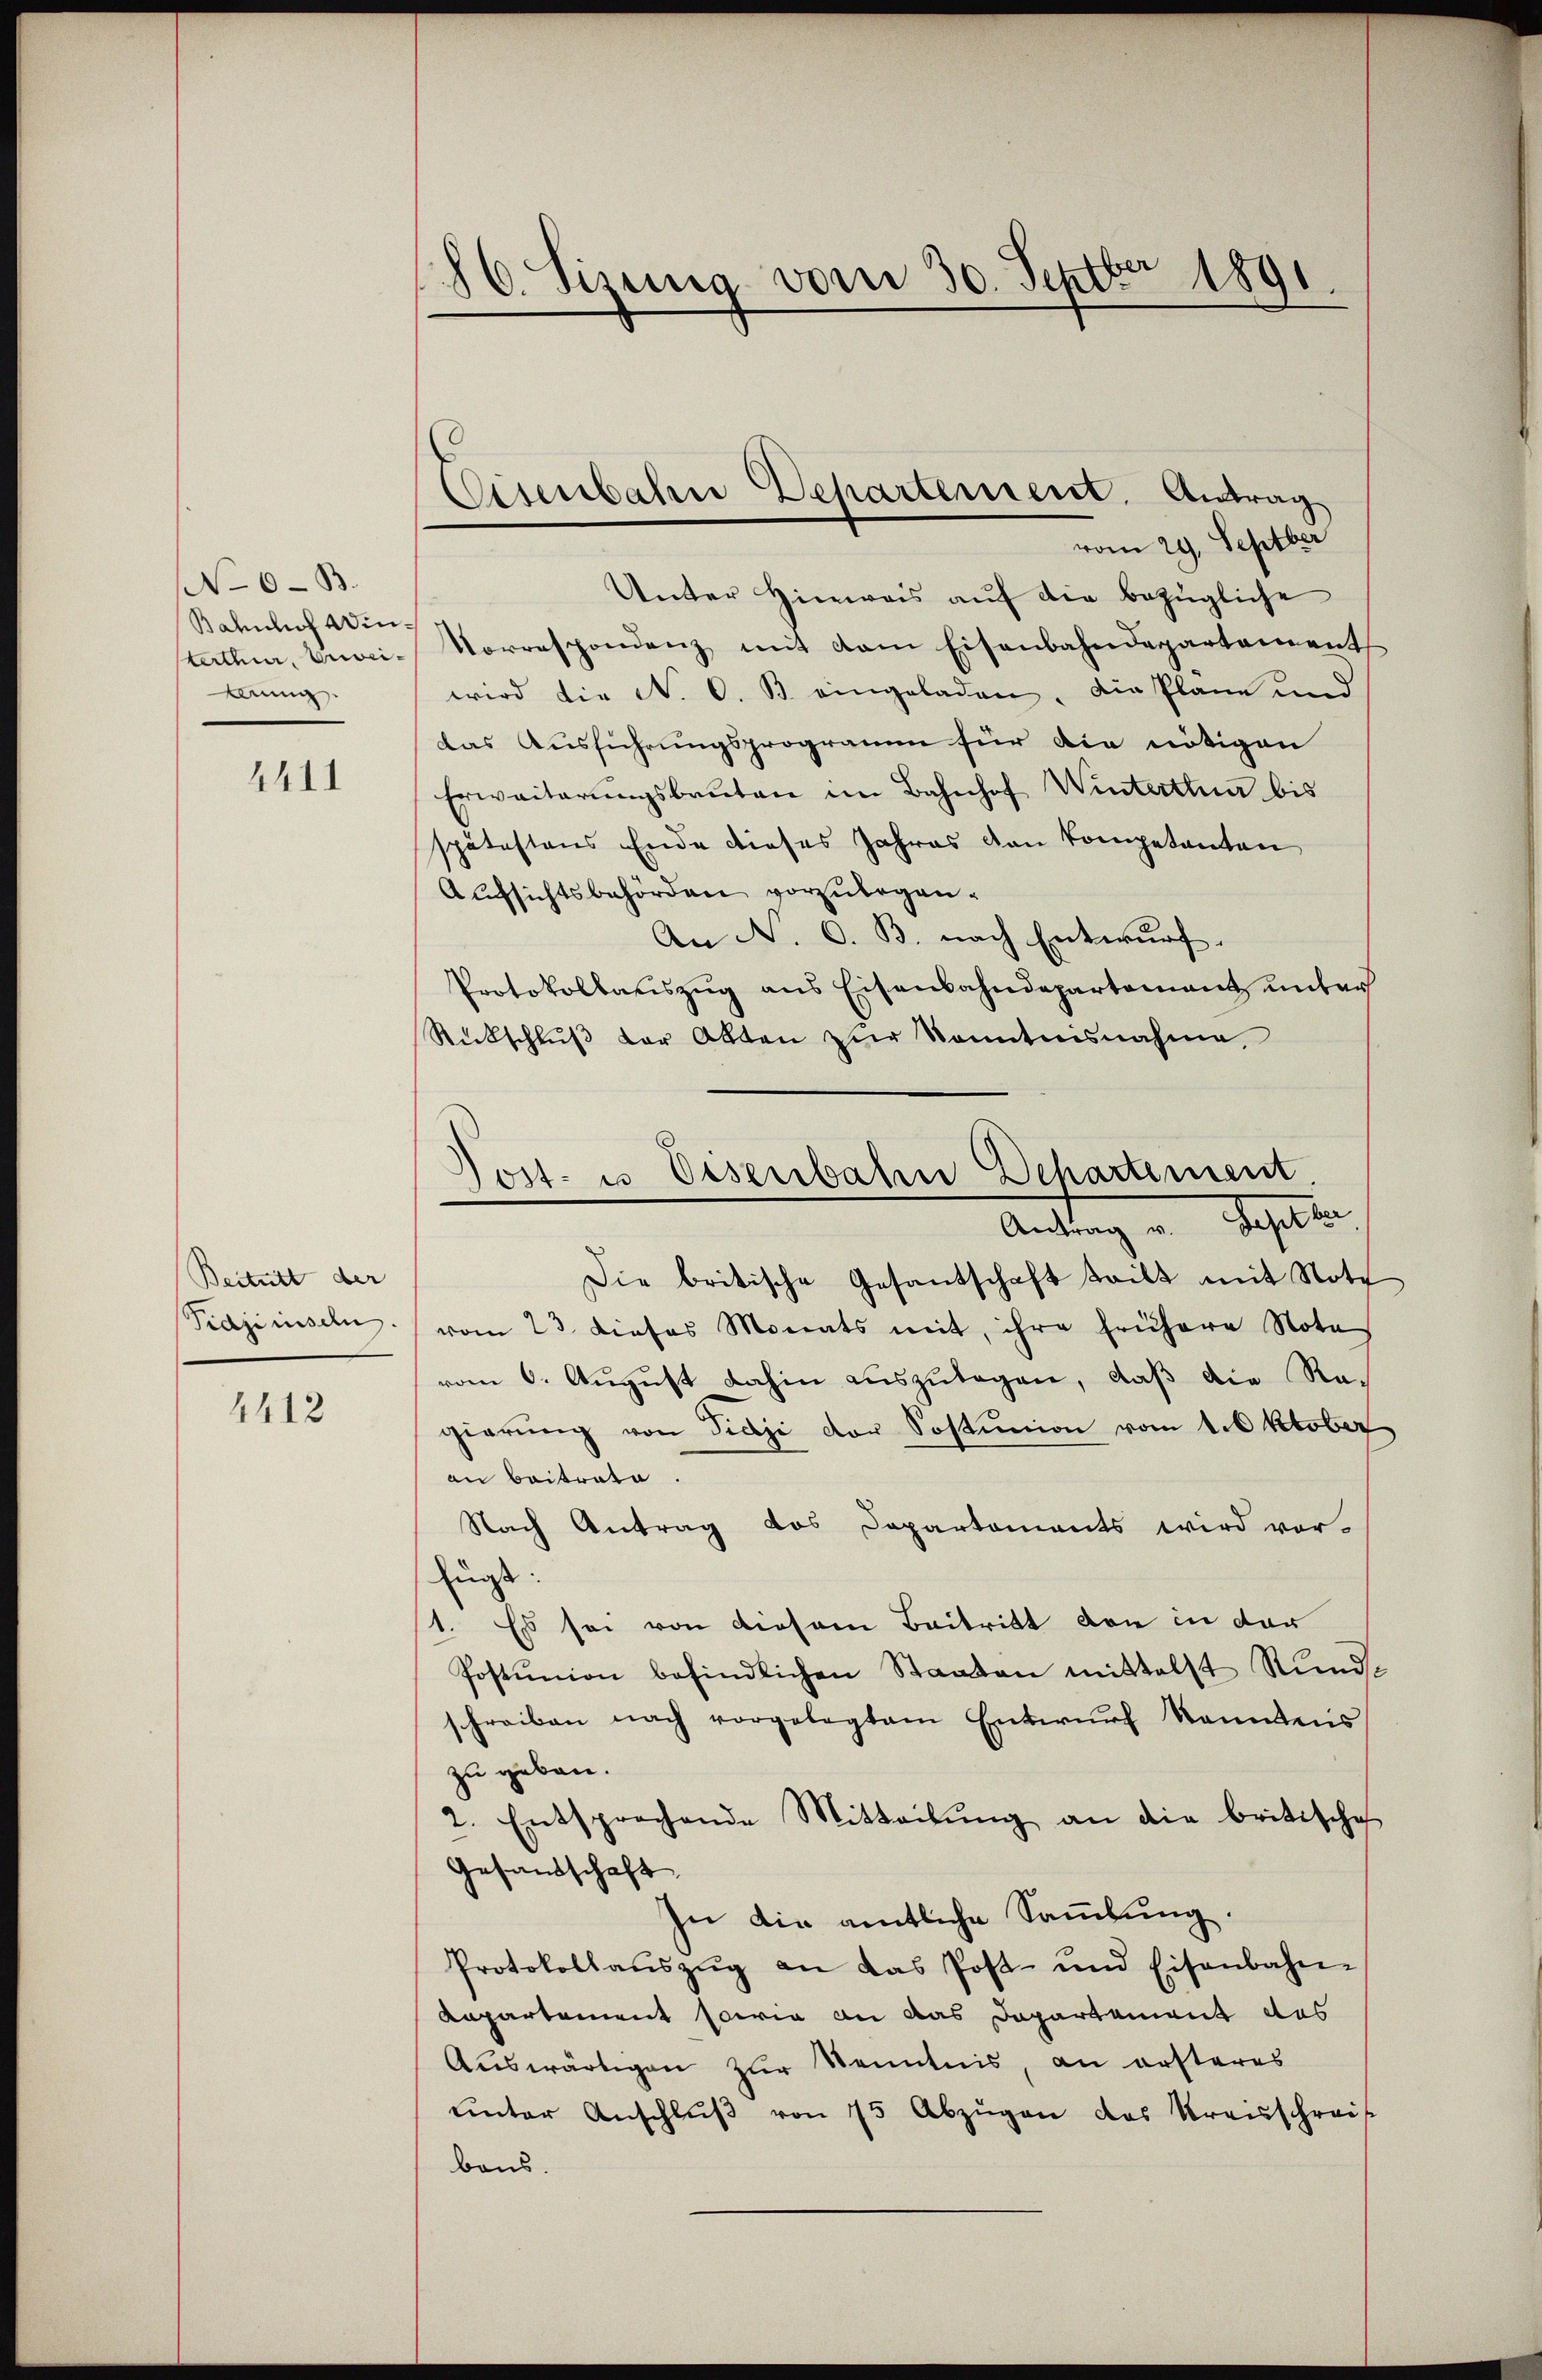
No 0-B.
Bahnlich Winladen, buwei¬
Aanng

4411

Beitritt der
Pidziruseln.

4412

86. Sisung vom 30. Septbr 1891.
e

Cisenbahn Departement. Antrag

vom 29. Septber
Unter Hinweis auf die bezügliche
Vorrespondenz mit dem Eisenbahndepartement
wird die N. O. B. eingeladen. Die Plane und
das Ausführungsprogramm für die nötigen
Erweiterŭngsbauten im Bahnhof Winterthur bis
spätestens Ende dieses Jahres den kompetenten
Aufsichtsbehörden vorzulegen¬
An N. O. B. nach Entwurf.
Protokollauszug aus Eisenbahndepartement unter
Rückschlŭβ vor Alten zŭr kanntnisnahme
Die britische Gesantschaft teilt mit Note
vom 23. dieses Monats mit, ihre frühere Nota
vom 6. August dahin auszulegen, daß die Regierŭng von Piazi der Sostunion vom 1. Oktober
an Baitrate.
Nach Antrag das Departements wird ver-
fugt:
1. Es sei von diesem Baitritt von in der
Postunion befindlichen Staaten mittelst Rŭnde
schreiben nach vorgelegtem Entwŭrf kanntens
zu geben.
2. Entsprechende Mitteilŭng an die britische
Gesandschaft
In die amtliche Sammlung.
Protokollaŭszŭg an das Post- und Eisenbahn-
Repartement sowie an das Departement des
Auswärtigen zur Kenntnis, an ersteres
ŭnter Anschlŭβ von 75 Abzügen des Krauschreif
baus.

ost- u Eisenbahn Departement
Anstag in eheder